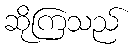
ဆိုကြသည်